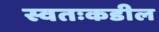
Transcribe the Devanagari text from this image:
स्वतःकडील